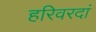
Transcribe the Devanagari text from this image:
हरिवरदां